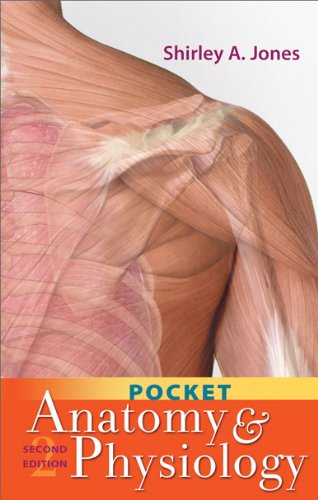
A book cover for Pocket Anatomy and Physiology; Shirley A. Jones MS Ed  MHA  EMT-P  RN; Medical Books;